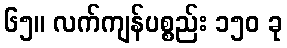
၆၅။ လက်ကျန်ပစ္စည်း ၁၅၀ ခု